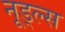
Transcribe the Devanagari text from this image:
नूड्ल्स